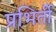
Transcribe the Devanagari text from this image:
प्रभिर्ती